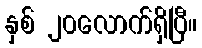
နှစ် ၂၀လောက်ရှိပြီ။